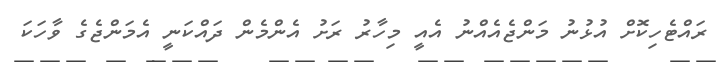
ރައްޓެހިކޮށް އުޅުނު މަންޖެއެއްނު އެއީ މިހާރު ރަށު އެންމެން ދައްކަނީ އެމަންޖެގެ ވާހަކަ